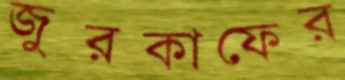
জুরকাফের